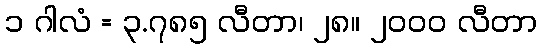
၁ ဂါလံ = ၃.၇၈၅ လီတာ၊ ၂၈။ ၂၀၀၀ လီတာ